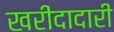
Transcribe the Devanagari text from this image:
खरीदादारी